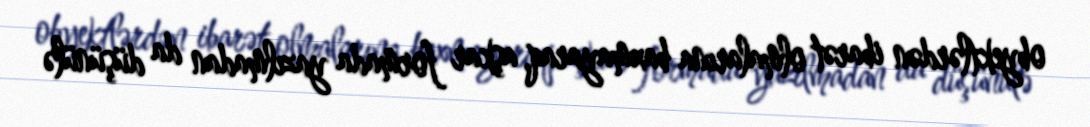
obyektlərdən ibarət olmalarına baxmayaraq, aşkar formada yazılmadan da düşünülə